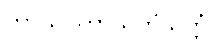
ကာယဂတာသတိသုတ္တံ